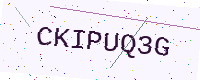
Text: CKIPUQ3G